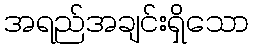
အရည်အချင်းရှိသော